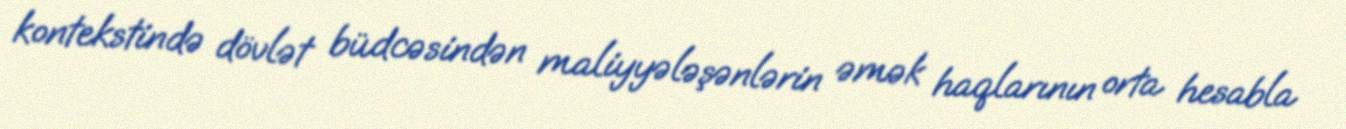
kontekstində dövlət büdcəsindən maliyyələşənlərin əmək haqlarının orta hesabla